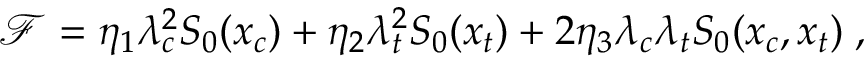
\mathcal { F } = \eta _ { 1 } \lambda _ { c } ^ { 2 } S _ { 0 } ( x _ { c } ) + \eta _ { 2 } \lambda _ { t } ^ { 2 } S _ { 0 } ( x _ { t } ) + 2 \eta _ { 3 } \lambda _ { c } \lambda _ { t } S _ { 0 } ( x _ { c } , x _ { t } ) \; ,